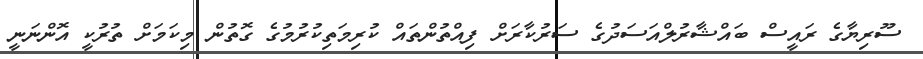
ސޫރިޔާގެ ރައީސް ބައްޝާރުލްއަސަދުގެ ސަރުކާރަށް ފިއްތުންތައް ކުރިމަތިކުރުމުގެ ގޮތުން މިކަމަށް ތުރުކީ އޮންނަނީ